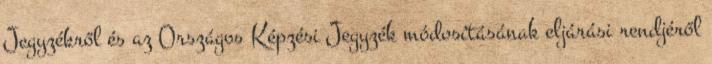
Jegyzékről és az Országos Képzési Jegyzék módosításának eljárási rendjéről